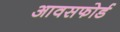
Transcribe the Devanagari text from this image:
आवसफोर्ड